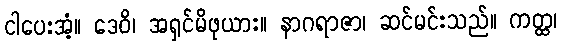
ငါပေးအံ့။ ဒေဝိ၊ အရှင်မိဖုယား။ နာဂရာဇာ၊ ဆင်မင်းသည်။ ကတ္ထ၊